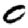
Digit: 0